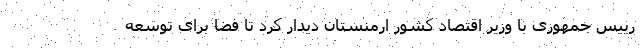
رییس جمهوری با وزیر اقتصاد کشور ارمنستان دیدار کرد تا فضا برای توسعه